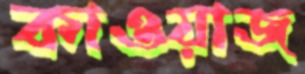
কাওয়াজ